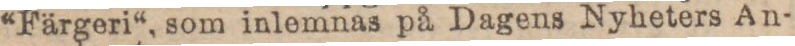
“Färgeri“, som inlemnas på Dagens Nyheters An-